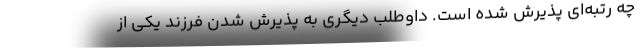
چه رتبه‌ای پذیرش شده است. داوطلب دیگری به پذیرش شدن فرزند یکی از